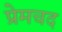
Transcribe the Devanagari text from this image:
प्रेमचद